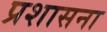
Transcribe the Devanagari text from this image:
प्रशासना